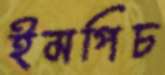
ইমপিচ